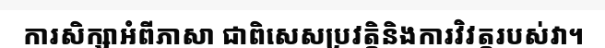
ការសិក្សាអំពីភាសា ជាពិសេសប្រវត្តិនិងការវិវត្តរបស់វា។